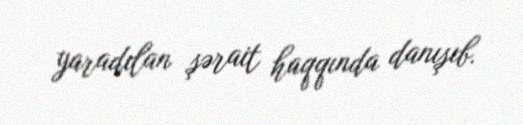
yaradılan şərait haqqında danışıb.